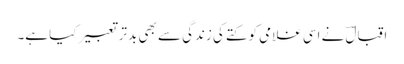
اقبالؔ نے اسی غلامی کو کتے کی زندگی سے بھی بدتر تعبیر کیا ہے۔